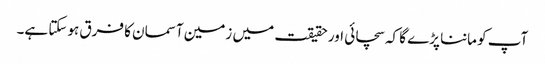
آپ کو ماننا پڑے گا کہ سچائی اور حقیقت میں زمین آسمان کا فرق ہوسکتا ہے۔